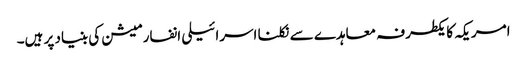
امریکہ کا یکطرفہ معاہدے سے نکلنا اسرائیلی انفارمیشن کی بنیاد پر ہیں۔